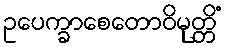
ဥပေက္ခာစေတောဝိမုတ္တိံ